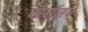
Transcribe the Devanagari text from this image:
कॅनॉलचे